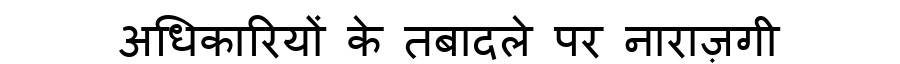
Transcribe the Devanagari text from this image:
अधिकारियों के तबादले पर नाराज़गी